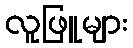
လူဖြူများ